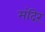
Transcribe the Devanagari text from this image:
मंदिऱ